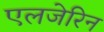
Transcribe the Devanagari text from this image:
एलजेरिन